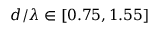
d / \lambda \in [ 0 . 7 5 , 1 . 5 5 ]